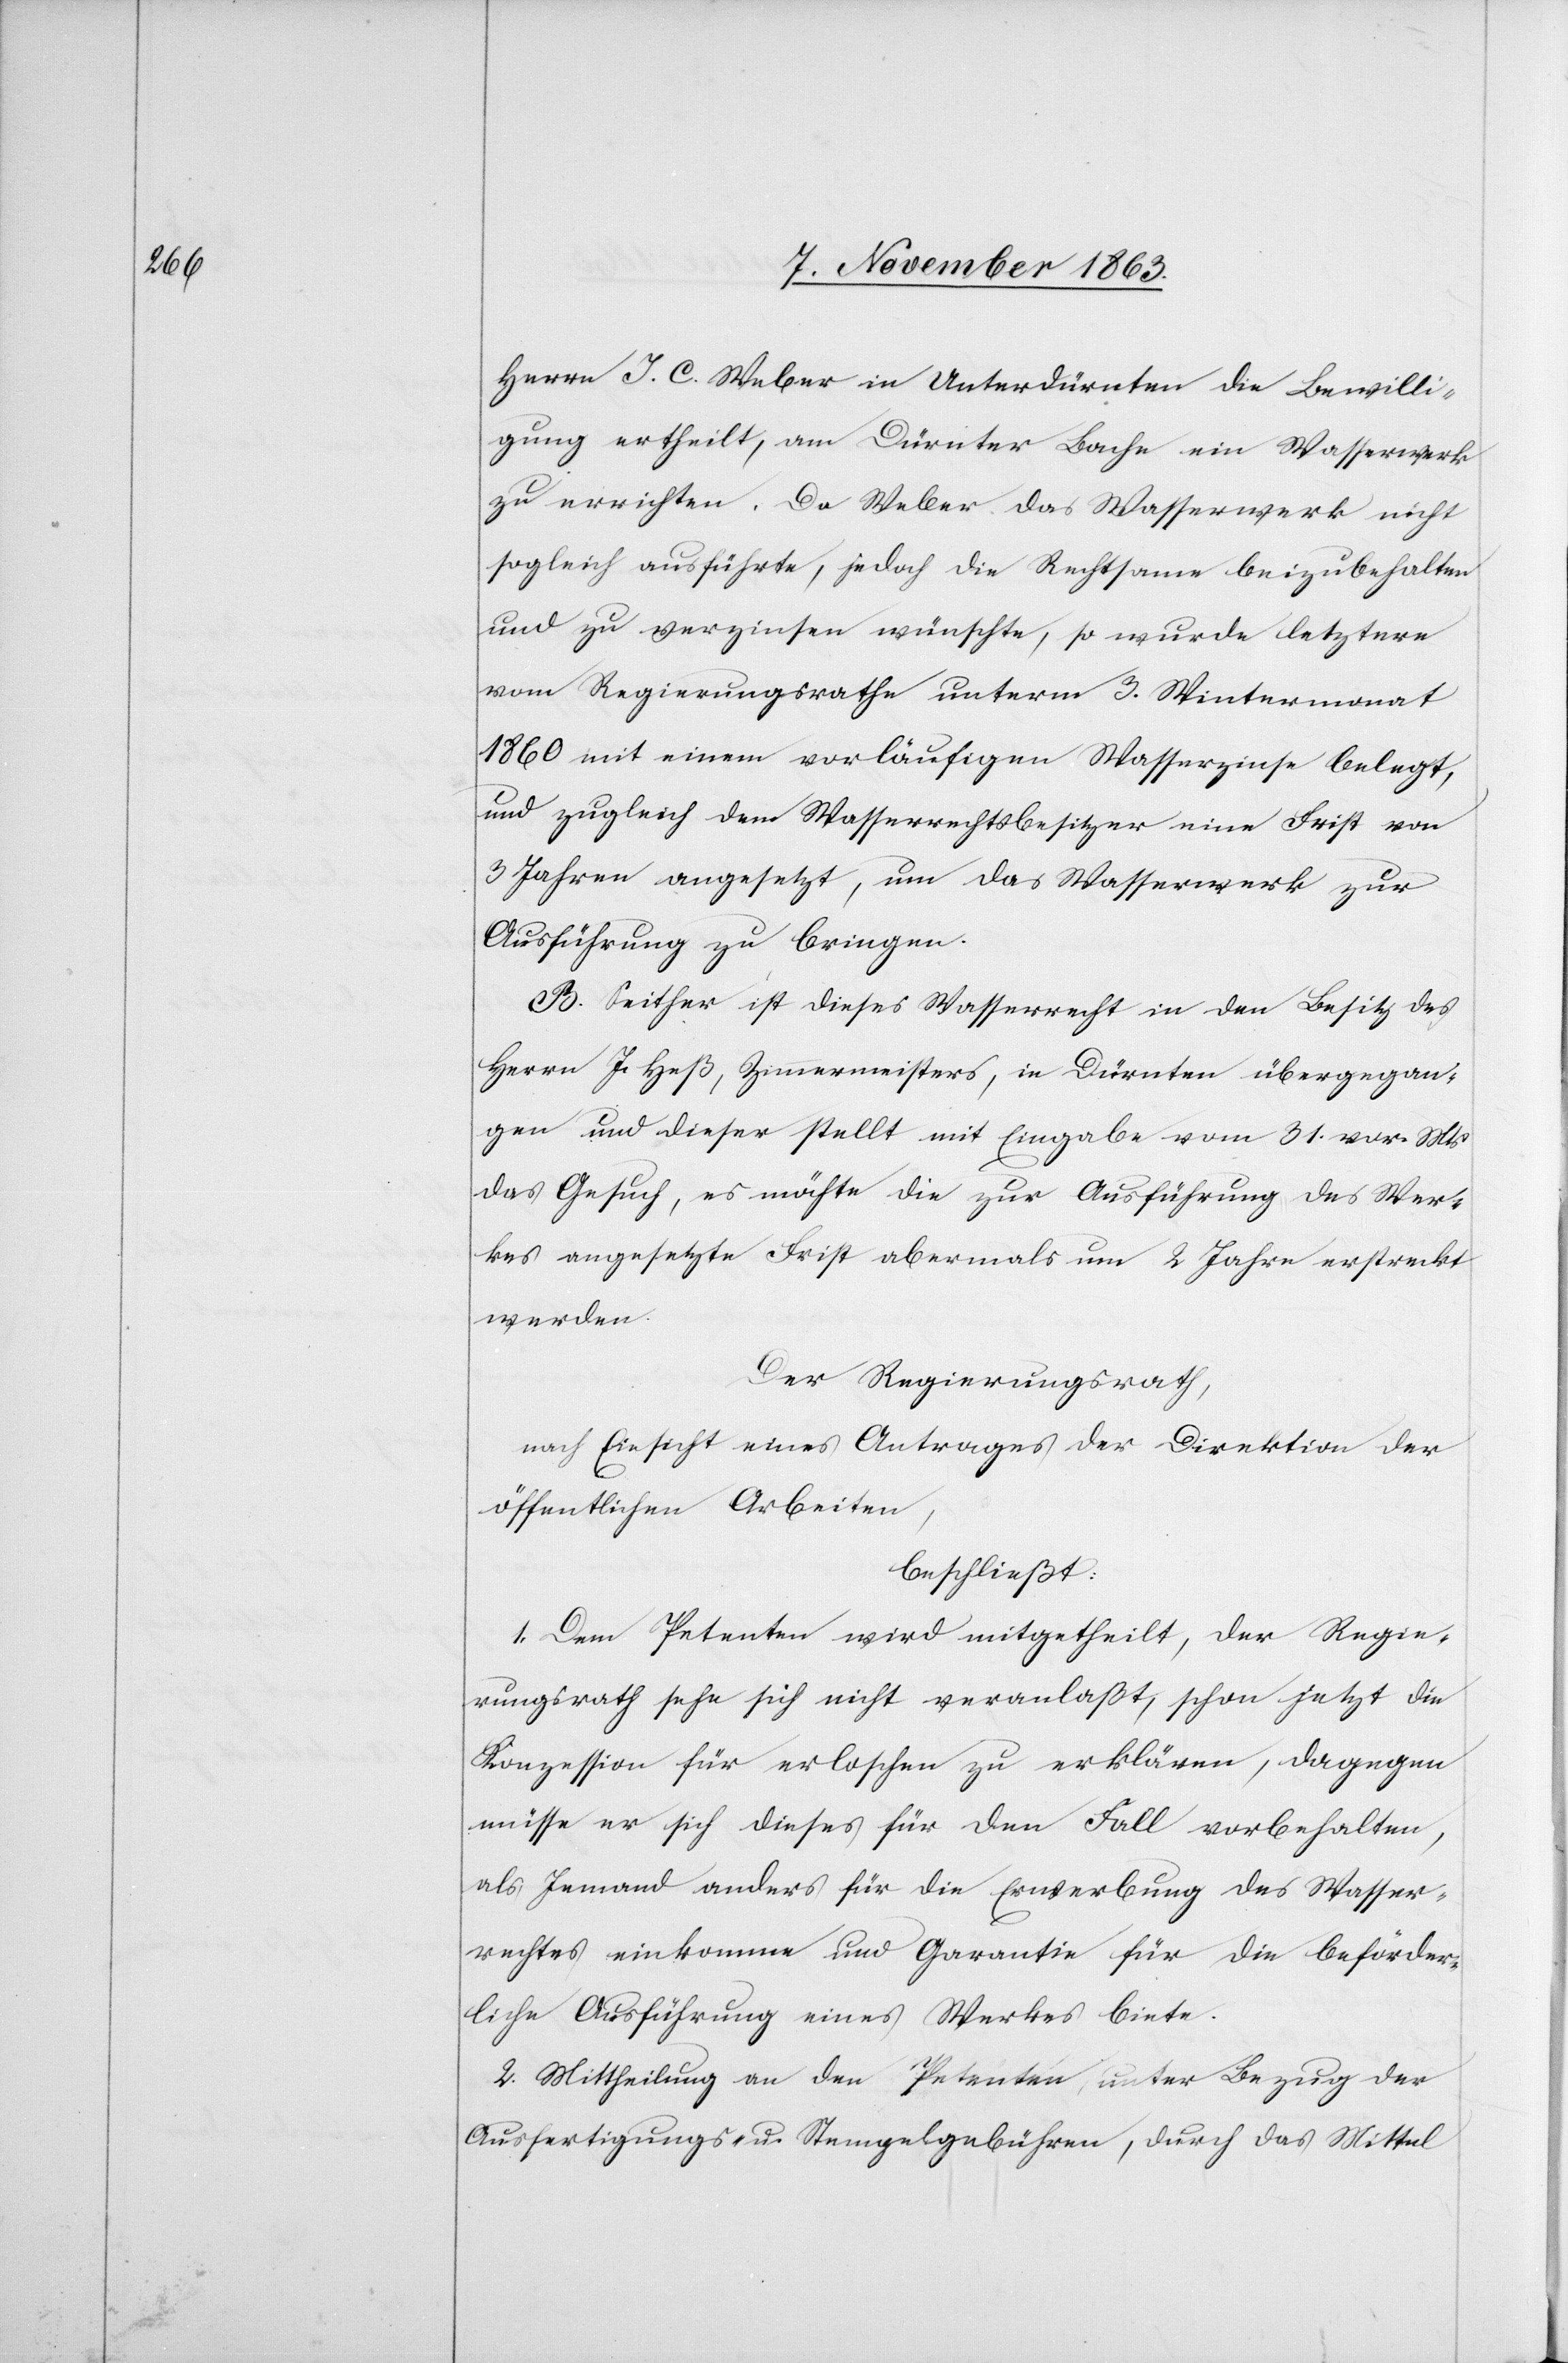
Herrn J. C. Weber in Unterdürnten die Bewilli¬
gung ertheilt, am Dürnter Bache ein Wasserwerk
zu errichten. Da Weber das Wasserwerk nicht
sogleich ausführte, jedoch die Rechtsame beizubehalten
und zu verzinsen wünschte, so wurde letztere
vom Regierungsrathe unterm 3. Wintermonat
1860 mit einem vorläufigen Wasserzinse belegt,
und zugleich dem Wasserrechtsbesitzer eine Frist von
3 Jahren angesetzt, um das Wasserwerk zur
Ausführung zu bringen.
B. Seither ist dieses Wasserrecht in den Besitz des
Herrn J. Heß, Zimmermeisters, in Dürnten übergegan¬
gen und dieser stellt mit Eingabe vom 31. vor. Mts
das Gesuch, es möchte die zur Ausführung des Wer¬
kes angesetzte Frist abermals um 2 Jahre erstreckt
werden.
Der Regierungsrath,
nach Einsicht eines Antrages der Direktion der
öffentlichen Arbeiten,
beschließt:
1. Dem Petenten wird mitgetheilt, der Regie¬
rungsrath sehe sich nicht veranlaßt, schon jetzt die
Konzession für erloschen zu erklären, dagegen
müsse er sich dieses für den Fall vorbehalten,
als Jemand anders für die Erwerbung des Wasser¬
rechtes einkomme und Garantie für die beförder¬
liche Ausführung eines Werkes biete.
2. Mittheilung an den Petenten, unter Bezug der
Ausfertigungs- u. Stempelgebühren, durch das Mittel